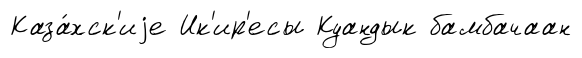
Каза́хск'иjе Ик'ир'есы Куандык бамбачаан